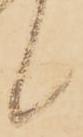
候